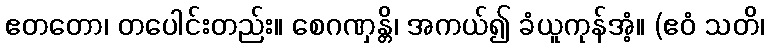
ဧတတော၊ တပေါင်းတည်း။ စေဂဏှန္တိ၊ အကယ်၍ ခံယူကုန်အံ့။ (ဧဝံ သတိ၊